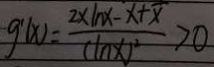
g ^ { \prime } ( x ) = \frac { 2 \times \ln x - x + x } { ( \ln x ) ^ { 2 } } > 0